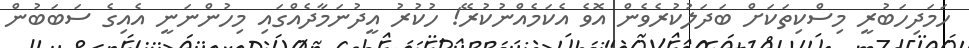
ހަމަދިހަބުރީ މިސްކިތަކަށް ބަދަލުކުރެވެން އޮވެ އެކަމެއްނުކުރޭ! ހުކުރު އީދުނަމާދެއްގައި މިހުންނަނީ އެއިގެ ސަބަބުން